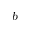
^ b